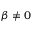
\beta \neq 0